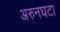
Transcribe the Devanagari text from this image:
अरुनघटा